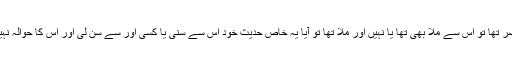
ہم عصر تھا تو اس سے ملا بھی تھا یا نہیں اور ملا تھا تو آیا یہ خاص حدیث خود اس سے سنی یا کسی اور سے سن لی اور اس کا حوالہ نہیں دیا۔